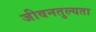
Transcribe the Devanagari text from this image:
जीवनतुल्यता